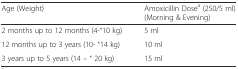
<table><thead><tr><td><b>Age (Weight)</b></td><td><b>Amoxicillin Dose<sup>a</sup> (250/5 ml) (Morning &amp; Evening)</b></td></tr></thead><tbody><tr><td>2 months up to 12 months (4-˂10 kg)</td><td>5 ml</td></tr><tr><td>12 months up to 3 years (10- ˂14 kg)</td><td>10 ml</td></tr><tr><td>3 years up to 5 years (14 – ˂ 20 kg)</td><td>15 ml</td></tr></tbody></table>